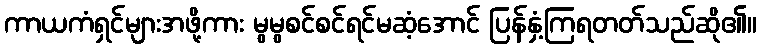
ကာယကံရှင်များအဖို့ကား မွမွစင်စင်ရင်မဆံ့အောင် ပြန်နှံ့ကြရတတ်သည်ဆို၏။